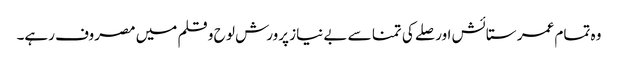
وہ تمام عمر ستائش اور صلے کی تمنا سے بے نیاز پرورش لو ح و قلم میں مصروف رہے۔